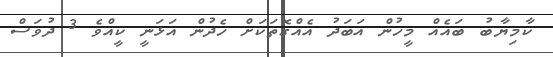
ކާމިޔާބު ބައެއް މީހުން އަބަދު އެއްގޮތަކަށް ހެދުން އަޅަނީ ކީއްވެ 3 ދުވަސް